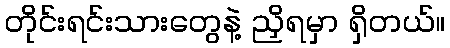
တိုင်းရင်းသားတွေနဲ့ ညှိရမှာ ရှိတယ်။